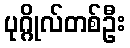
ပုဂ္ဂိုလ်တစ်ဦး